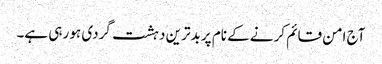
آج امن قائم کرنے کے نام پر بدترین دہشت گردی ہو رہی ہے۔